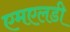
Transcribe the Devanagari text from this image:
एमएलडी